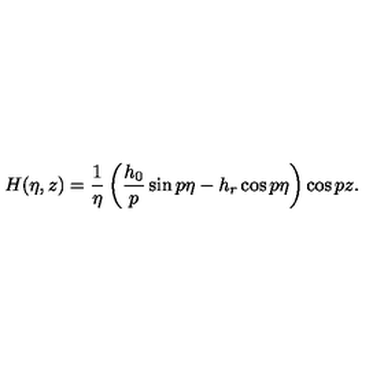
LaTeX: H ( \eta , z ) = \frac 1 \eta \left( \frac { h _ { 0 } } p \sin p \eta - h _ { r } \cos p \eta \right) \cos p z .